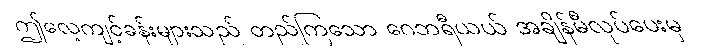
ဤလေ့ကျင့်ခန်းများသည် တည်ကြသော ဂေဘရီယယ် အချိန်မီလုပ်ပေးမှ